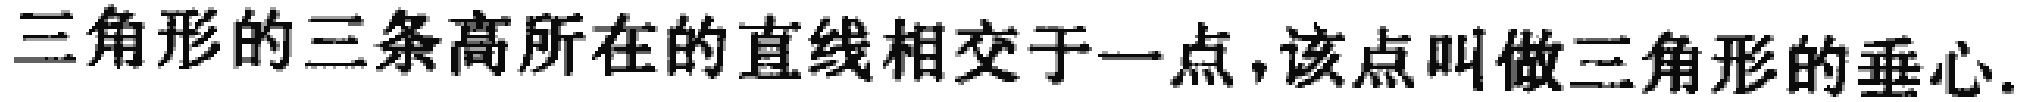
三角形的三条高所在的直线相交于一点，该点叫做三角形的垂心.